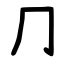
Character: ⺆